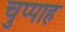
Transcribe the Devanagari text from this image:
चुप्पाह